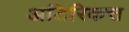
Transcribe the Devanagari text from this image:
अतिरिकत्त